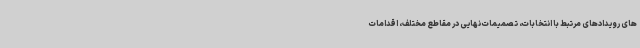
های رویدادهای مرتبط با انتخابات، تصمیمات نهایی در مقاطع مختلف، اقدامات